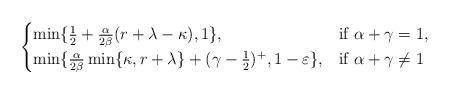
LaTeX: \begin{align*}\begin{cases}\min\{ \frac{1}{2} + \frac{\alpha}{2\beta}(r+\lambda-\kappa), 1 \}, & \mbox{if } \alpha + \gamma = 1, \\\min\{\frac{\alpha}{2\beta}\min\{\kappa,r+\lambda\} + (\gamma-\frac{1}{2})^{+}, 1-\varepsilon\}, & \mbox{if } \alpha + \gamma \neq 1\end{cases}\end{align*}